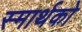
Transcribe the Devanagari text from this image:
स्मार्थको